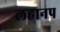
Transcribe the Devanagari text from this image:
लहानप